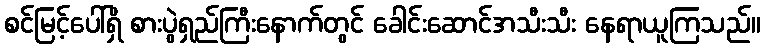
စင်မြင့်ပေါ်ရှိ စားပွဲရှည်ကြီးနောက်တွင် ခေါင်းဆောင်အသီးသီး နေရာယူကြသည်။